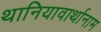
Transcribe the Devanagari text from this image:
थानियावार्थानाम